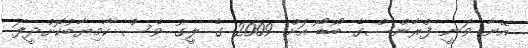
އޭނާ ވަނީ ފްރާންސްގެ ބޯޑޯ އަށް 2009 ގެ ލީގު ވެސް ކާމިޔާބުކޮށްދީފަ